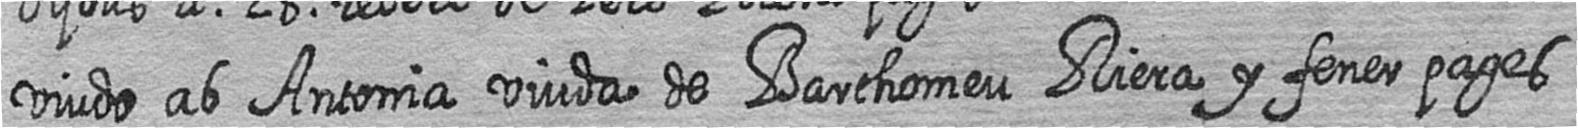
viudo ab Antonia viuda de Barthomeu Riera y fener pages